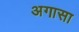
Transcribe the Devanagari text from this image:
अगासा